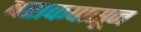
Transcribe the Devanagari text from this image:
बराकपासून